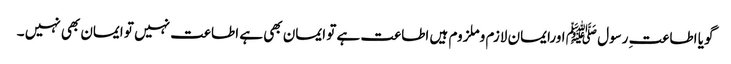
گویا اطاعتِ رسول ﷺ اورایمان لازم وملزوم ہیں اطاعت ہے تو ایمان بھی ہے اطاعت نہیں تو ایمان بھی نہیں ۔